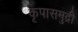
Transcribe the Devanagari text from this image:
कृपासमुद्री